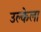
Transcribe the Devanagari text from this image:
उल्केला